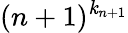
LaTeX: ({n+1})^{\mathit{k}_{n+1}}